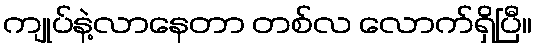
ကျုပ်နဲ့လာနေတာ တစ်လ လောက်ရှိပြီ။